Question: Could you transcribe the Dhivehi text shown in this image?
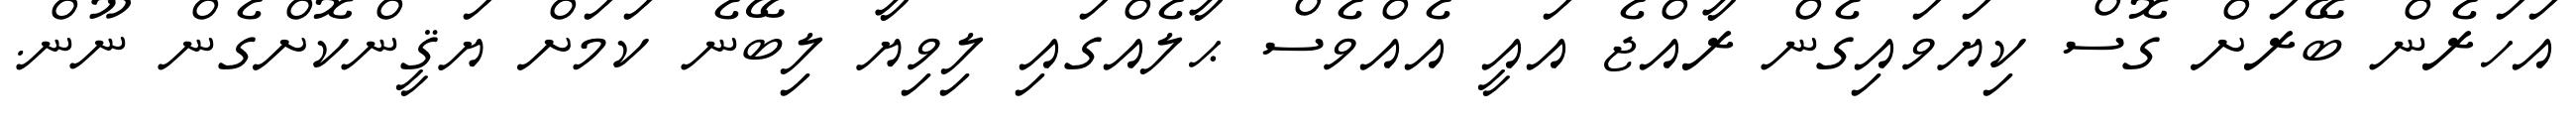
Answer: އަހަރެން ބޭރަށް ގޮސް ކިޔަވައިގެން ރާއްޖެ އައީ އެއްވެސް ޙާލެއްގައި ލިވިޔާ ލިބޭނެ ކަމަށް ޔަޤީންކޮށްގެން ނޫން.